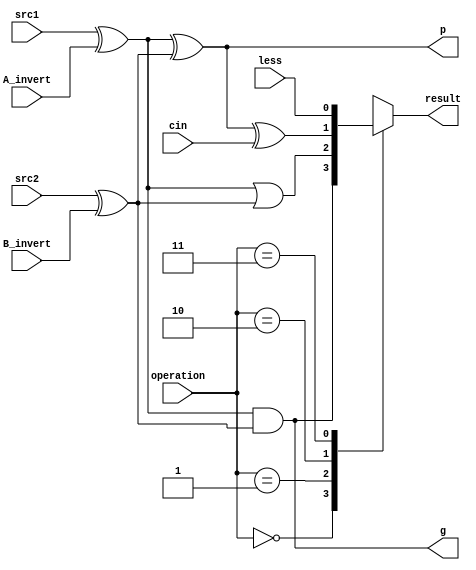
module alu_top(
               input src1,
               input src2,
               input less,
               input A_invert,
               input B_invert,
               input cin,
               input [1:0] operation,
               output reg result,
               output g,
               output p
               );
wire A,B,op_00,op_01,op_10;
assign A = src1 ^ A_invert;
assign B = src2 ^ B_invert;
assign op_00 = A & B;
assign op_01 = A | B;
assign op_10 = (p ^ cin);
assign g = op_00;
assign p = (A ^ B);

always@(*)begin
    case (operation)
        2'b00 : result = op_00;
        2'b01 : result = op_01;
        2'b10 : result = op_10;
        2'b11 : result = less;
    endcase
end

endmodule